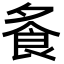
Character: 𩚏